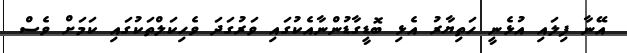
އޭނާ ފިލައި އުޅެނީ ހަތިޔާރު އެޅި ބޮޑީގާޑުންނާއެކުގައި ވަރުގަދަ ވެހިކަލްތަކުގައި ކަމަށް ވެސް